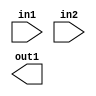
/*
 * Copyright 2018-2024 ISP RAS (http://www.ispras.ru)
 *
 * Licensed under the Apache License, Version 2.0 (the "License");
 * you may not use this file except in compliance with the License.
 * You may obtain a copy of the License at
 *
 *     http://www.apache.org/licenses/LICENSE-2.0
 *
 * Unless required by applicable law or agreed to in writing, software
 * distributed under the License is distributed on an "AS IS" BASIS,
 * WITHOUT WARRANTIES OR CONDITIONS OF ANY KIND, either express or implied.
 * See the License for the specific language governing permissions and
 * limitations under the License.
 */

// IEEE Std 1364-2005
//   7. Gate- and switch-level modeling
//     7.2 and, nand, nor, or, xor, and xnor gates
//       The following example declares a two-input and gate.

module test(in1, in2, out1);
  input in1, in2;
  output out1;
  and a1 (out, in1, in2);
endmodule